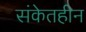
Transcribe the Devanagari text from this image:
संकेतहीन